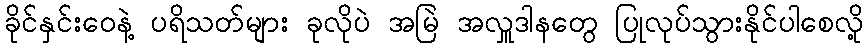
ခိုင်နှင်းဝေနဲ့ ပရိသတ်များ ခုလိုပဲ အမြဲ အလှူဒါနတွေ ပြုလုပ်သွားနိုင်ပါစေလို့